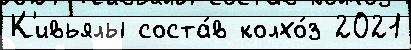
К'ивьялы соста́в колхо́з 2021